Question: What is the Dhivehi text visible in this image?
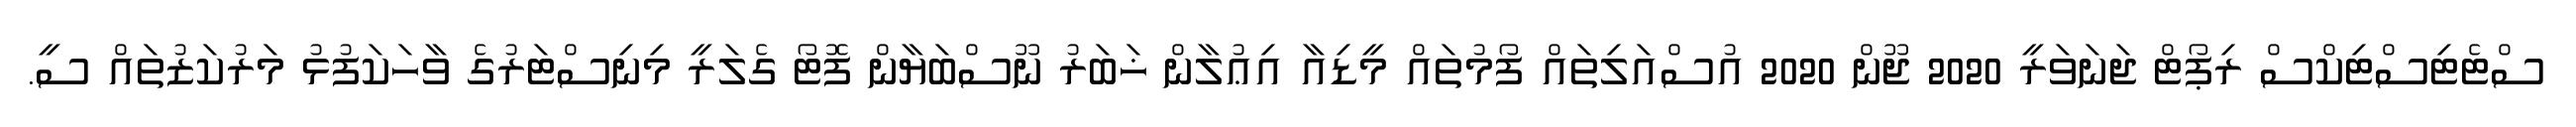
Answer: ސްޓެޓިސްޓިކްސް ރިޕޯޓް ޖަނަވަރީ 2020 ޖޫން 2020 އުސްއަލިތައް ފޯމުތައް މީޑިއާ އިޢުލާން ޚަބަރު ނޫސްބަޔާން ފޮޓޯ ގެލަރީ މިނިސްޓަރުގެ ވާހަކަފުޅު މަރުކަޒުތައް ސީ.